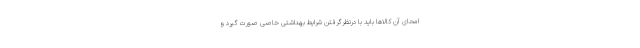
امحای آن کالاها باید با درنظرگرفتن شرایط بهداشتی خاصی صورت گیرد و